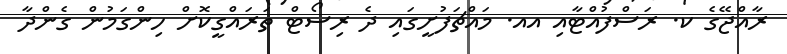
ރާއްޖޭގެ ކ. ރަސްފުއްޓާއި އއ. މައްޗަފުށީގައި ދެ ރިސޯޓް ތަރައްގީކޮށް ހިންގަމުން ގެންދާ